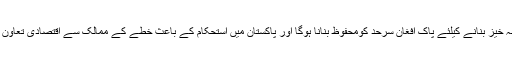
جنرل راھیل شریف نے آپریشن ضرب عضب کے متعلق کہا کہ آپریشن ضرب عضب کو نتیجہ خیز بنانے کیلئے پاک افغان سرحد کومحفوظ بنانا ہوگا اور پاکستان میں استحکام کے باعث خطے کے ممالک سے اقتصادی تعاون میں اضافہ ہوگا جب کہ پاک چین اقتصادی راہداری سے خطے کے تمام ممالک کو فائدہ ہوگا۔